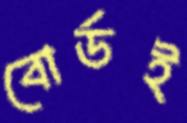
বোর্ডই